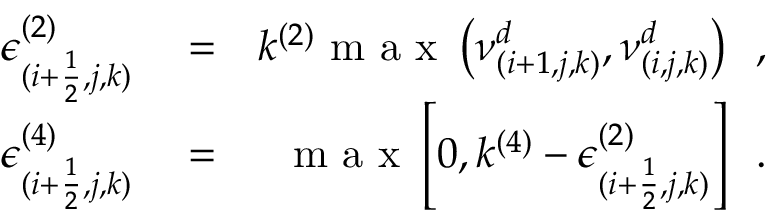
\begin{array} { r l r } { \epsilon _ { ( i + \frac { 1 } { 2 } , j , k ) } ^ { ( 2 ) } } & { { } = } & { k ^ { ( 2 ) } \mathrm { ~ m ~ a ~ x ~ } \left( \nu _ { ( i + 1 , j , k ) } ^ { d } , \nu _ { ( i , j , k ) } ^ { d } \right) \, \mathrm { ~ , ~ } } \\ { \epsilon _ { ( i + \frac { 1 } { 2 } , j , k ) } ^ { ( 4 ) } } & { { } = } & { \mathrm { ~ m ~ a ~ x ~ } \left[ 0 , k ^ { ( 4 ) } - \epsilon _ { ( i + \frac { 1 } { 2 } , j , k ) } ^ { ( 2 ) } \right] \, \mathrm { ~ . ~ } } \end{array}